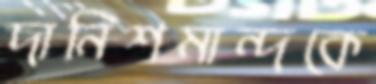
দানিশমান্দকে